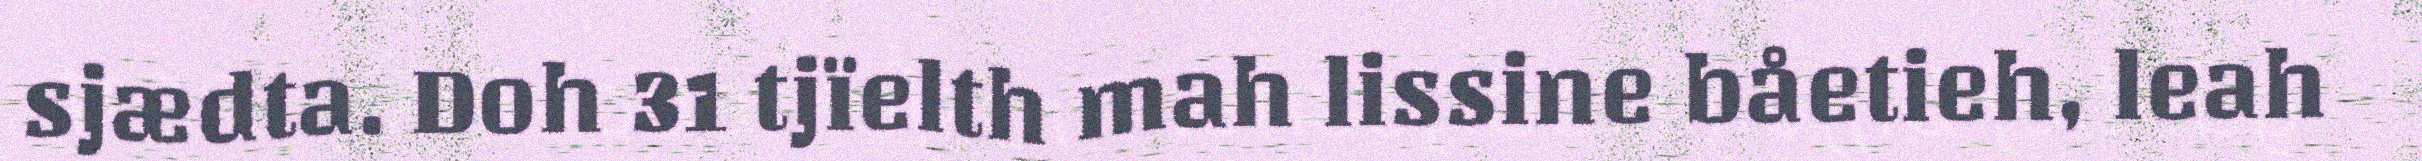
sjædta. Doh 31 tjïelth mah lissine båetieh, leah